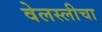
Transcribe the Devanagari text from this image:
वेलस्लीचा